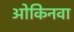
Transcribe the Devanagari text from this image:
ओकिनवा